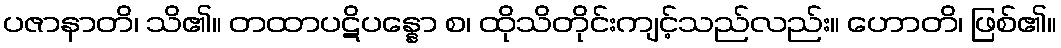
ပဇာနာတိ၊ သိ၏။ တထာပဋိပန္နော စ၊ ထိုသိတိုင်းကျင့်သည်လည်း။ ဟောတိ၊ ဖြစ်၏။